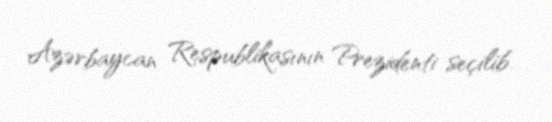
Azərbaycan Respublikasının Prezidenti seçilib.